Lunatic asylums United Prov. 1922-30 - 1922-1930
Year: 1922
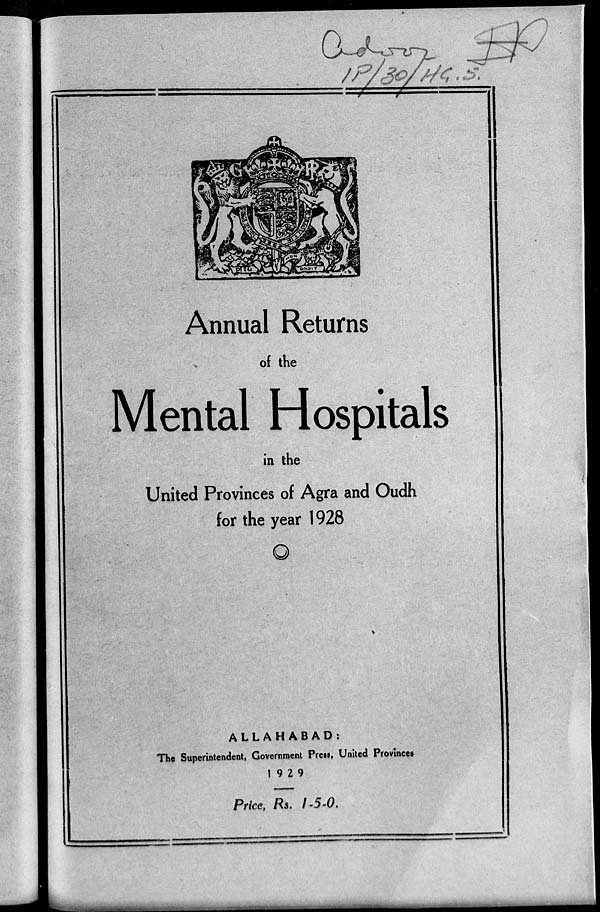
Annual Returns
of the
Mental Hospitals
in the
United Provinces of Agra and Oudh
for the year 1928
ALLAHABAD:
The Superintendent, Government Press, United Provinces
1929
Price, Rs. 1-5-0.